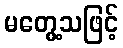
မတွေ့သဖြင့်